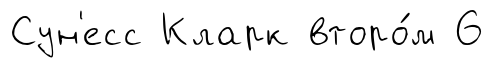
Сун'есс Кларк второ́м 6